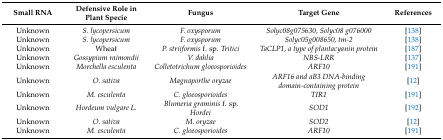
<table><thead><tr><td><b>Small RNA</b></td><td><b>Defensive Role in Plant Specie</b></td><td><b>Fungus</b></td><td><b>Target Gene</b></td><td><b>References</b></td></tr></thead><tbody><tr><td>Unknown</td><td><i>S. lycopersicum</i></td><td><i>F. oxysporum</i></td><td><i>Solyc08g075630, Solyc08 g076000</i></td><td>[138]</td></tr><tr><td>Unknown</td><td><i>S. lycopersicum</i></td><td><i>F. oxysporum</i></td><td><i>Solyc05g008650, tm-2</i></td><td>[138]</td></tr><tr><td>Unknown</td><td>Wheat</td><td><i>P. striiformis</i> f. sp. <i>Tritici</i></td><td><i>TaCLP1, a type of plantacyanin protein</i></td><td>[187]</td></tr><tr><td>Unknown</td><td><i>Gossypium raimondii</i></td><td><i>V. dahlia</i></td><td><i>NBS-LRR</i></td><td>[137]</td></tr><tr><td>Unknown</td><td><i>Morchella esculenta</i></td><td><i>Colletotrichum gloeosporioides</i></td><td><i>ARF10</i></td><td>[191]</td></tr><tr><td>Unknown</td><td><i>O. sativa</i></td><td><i>Magnaporthe oryzae</i></td><td><i>ARF16 and aB3 DNA-binding domain-containing protein</i></td><td>[12]</td></tr><tr><td>Unknown</td><td><i>M. esculenta</i></td><td><i>C. gloeosporioides</i></td><td><i>TIR1</i></td><td>[191]</td></tr><tr><td>Unknown</td><td><i>Hordeum vulgare L.</i></td><td><i>Blumeria graminis</i> f. sp. <i>Hordei</i></td><td><i>SOD1</i></td><td>[192]</td></tr><tr><td>Unknown</td><td><i>O. sativa</i></td><td><i>M. oryzae</i></td><td><i>SOD2</i></td><td>[12]</td></tr><tr><td>Unknown</td><td><i>M. esculenta</i></td><td><i>C. gloeosporioides</i></td><td><i>ARF10</i></td><td>[191]</td></tr></tbody></table>